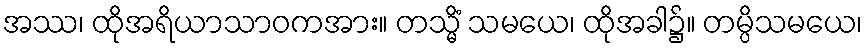
အဿ၊ ထိုအရိယာသာဝကအား။ တသ္မိံ သမယေ၊ ထိုအခါ၌။ တမ္ပိသမယေ၊